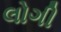
લોગી